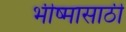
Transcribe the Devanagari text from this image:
भीष्मासाठी